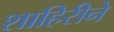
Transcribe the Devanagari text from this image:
शाहिरीने